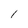
Character: I